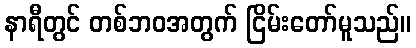
နာရီတွင် တစ်ဘဝအတွက် ငြိမ်းတော်မူသည်။